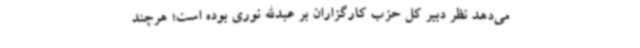
می‌دهد نظر دبیر کل حزب کارگزاران بر عبدالله نوری بوده است؛ هرچند